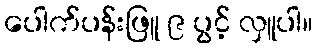
ပေါက်ပန်းဖြူ ၉ ပွင့် လှူပါ။